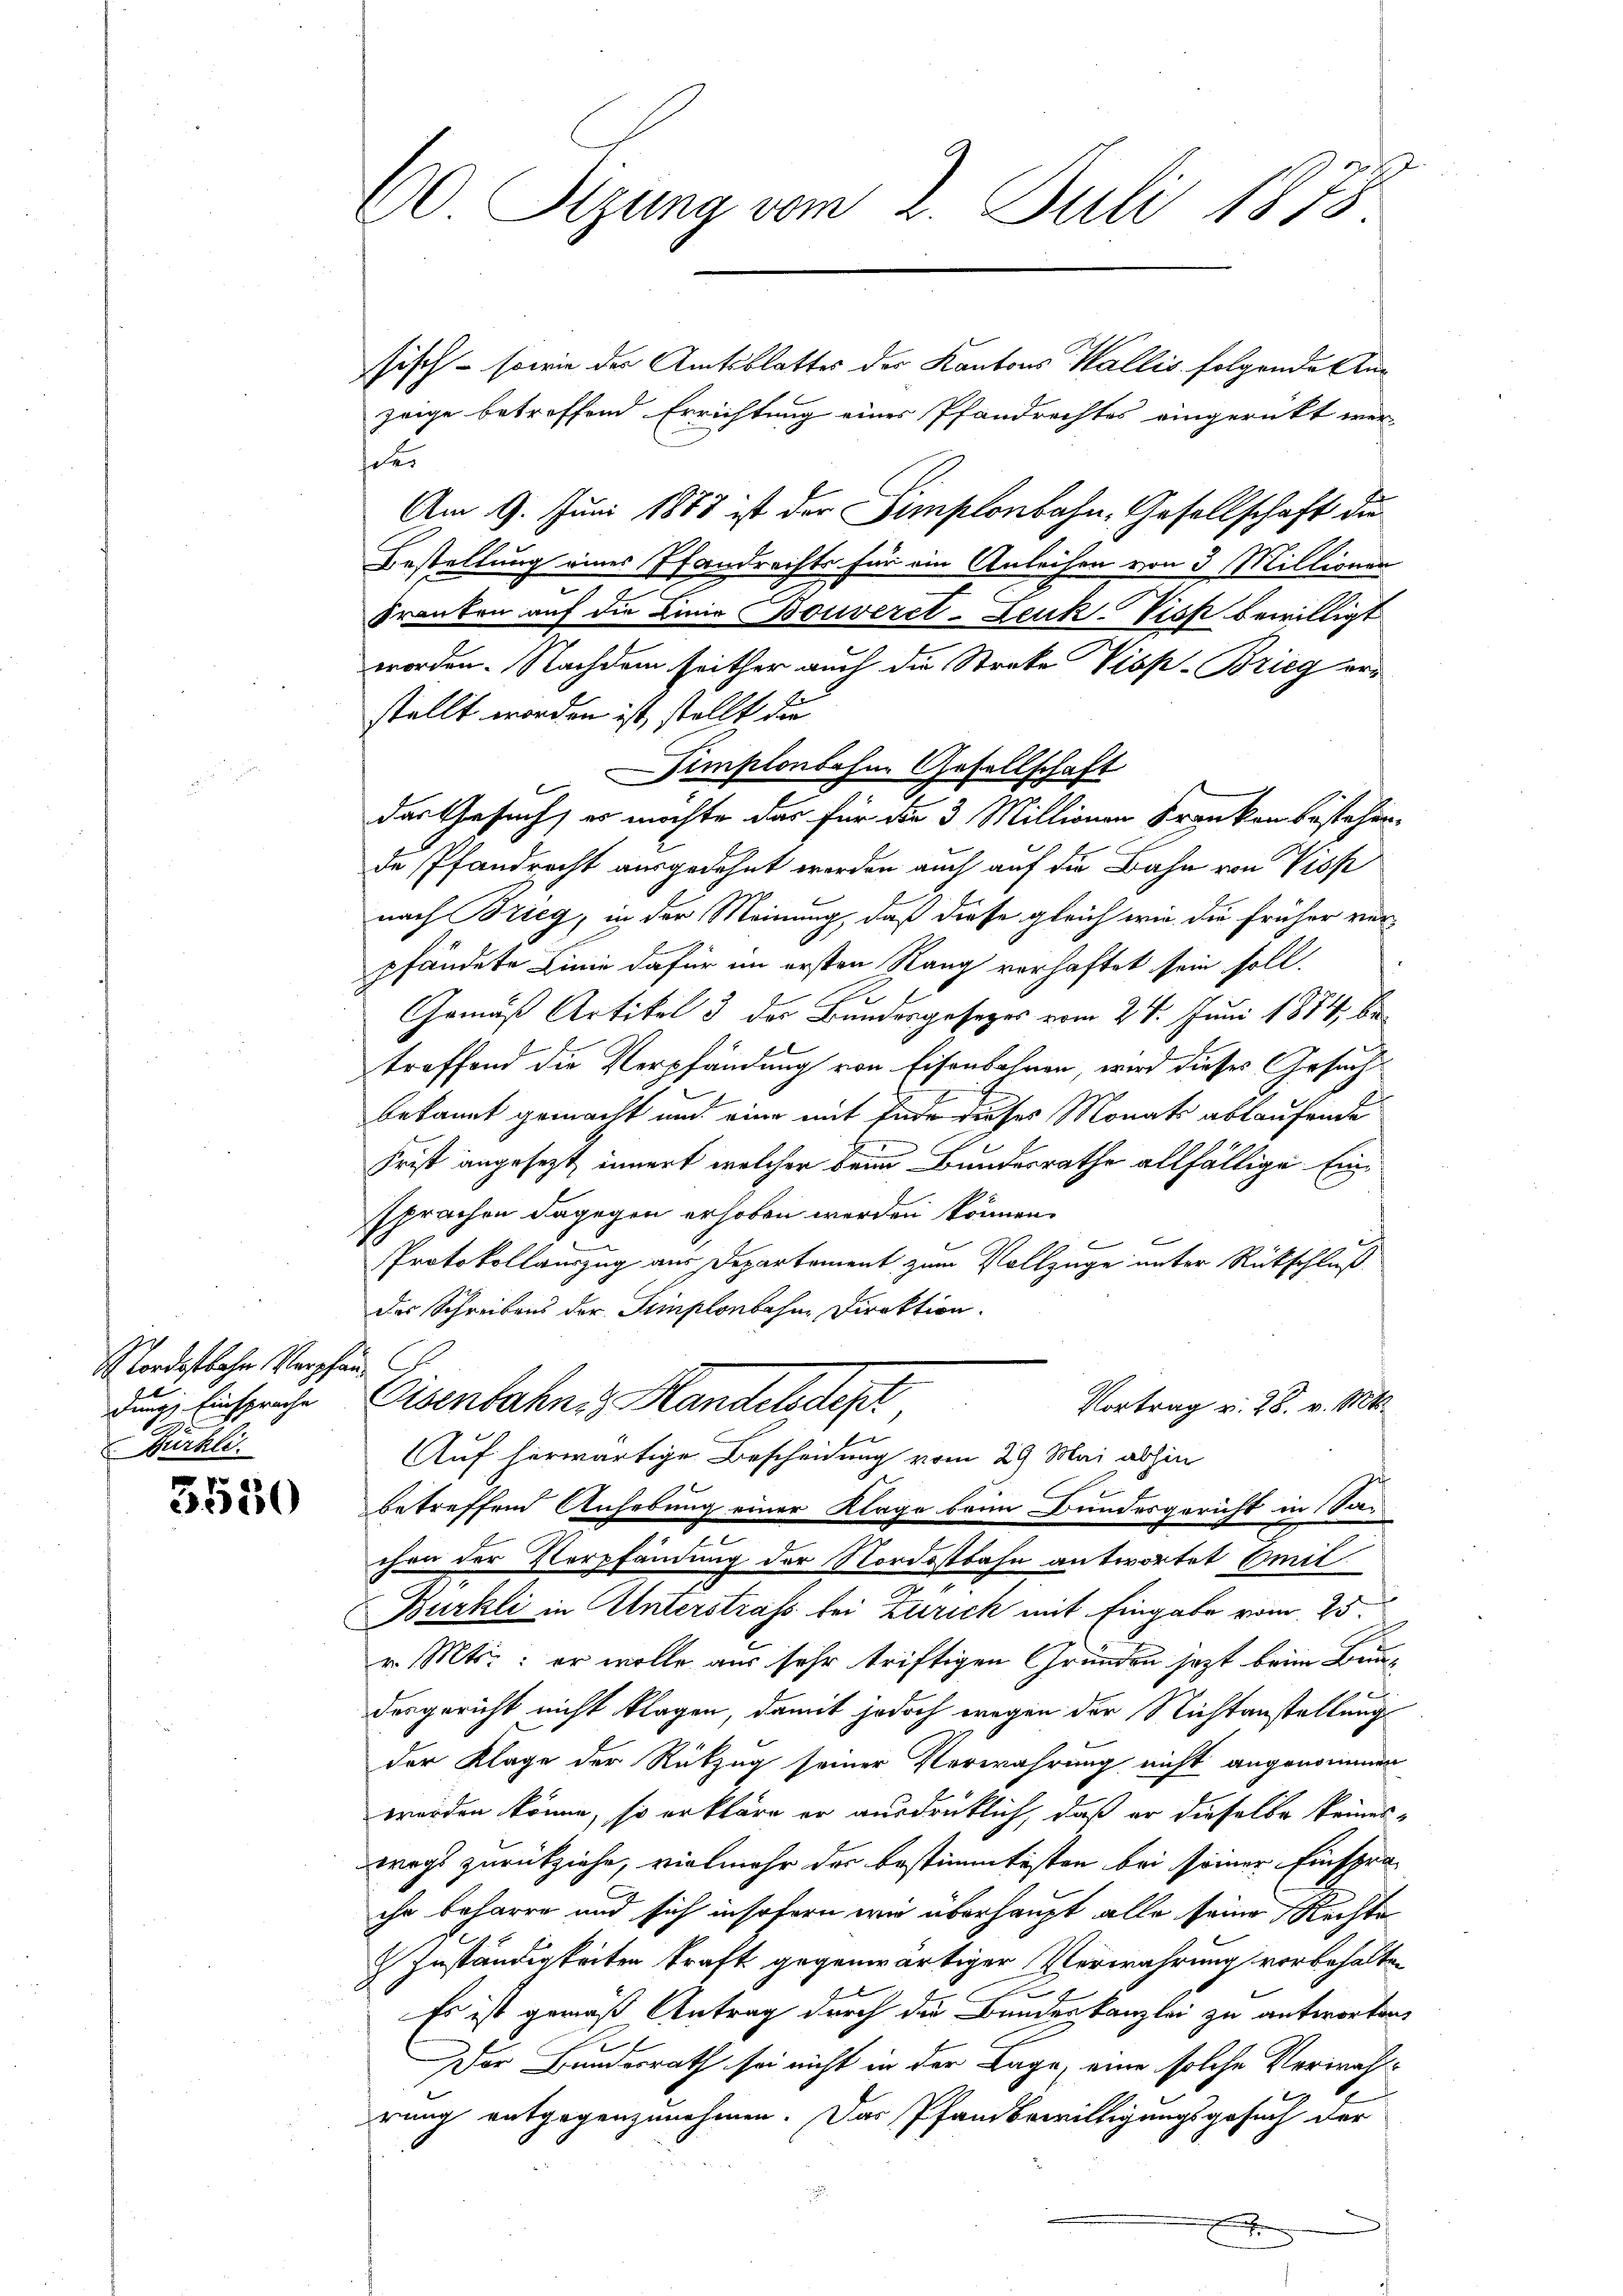
Nordostbahn Verpfan
dung Einsprache
Güchli

r
850

60 Sizung vom 2. Juli 1878

sisch - sowie der Amtsblattes der Kantons Wallis folgende Anzeige betreffend Errichtung eines Pfandrechtes eingerückt wer-
eer
Am 9. Juni 1888 ist der Simplonbahn, Gesellschaft die
Bestellung eines Pfandrechts für ein Anleihen von 3 Millionen
s
Franken auf die Linie Bouveret-Leuk-Viss bewilligt
worden. Nachdem seither auch die Streke Visp-Brieg erstellt worden ist, stellt die
Simplonbahne Gesellschaft
das Gesuch, es möchte das für die 3 Millionen Kranken bestehen.
de Pfandrecht ausgedehnt werden auch auf die Bahn von Visp
nach Brieg, in der Meinung, daß diese gleich wie die früher verpfändete Linie dafür im ersten Rang verhaftet sein soll.
Gemäß Artikel 3 der Bundesgesetzes vom 24. Juni 1884 betreffend die Verpfändung von Eisenbahnen, wird dieses Gesuch
bekannt gemacht und eine mit Ende dieses Monats ablaufende
Frist angesezt, innert welcher beim Bundesrathe allfällige Einsprachen dagegen erhoben werden können.

Protokollauszug aus Departement zum Vollzüge unter Rückschluß
Das Schreibens der Simplonbahne Direktion.
Eisenbahn, Handelsdest,
Vortrag v. 28. v. Mts.
Auf herwärtige Bescheidung vom 29 Mai abhin
betreffend Anhebung einer Klage beim Bundesgericht in Sachen der Verpfändung der Nordostbahn antwortet beit
Bürkli in Unterstrass bei Zitrick mit Eingabe vom 25.
v. Mts.: er wolle aus sehr triftigen Gründen sezt beim Brundesgericht nicht klagen, damit jedoch wegen der Nichtanstellung
der Klage der Rückzug seiner Verwahrung nicht angenommen
worden könne, so erkläre er ausdrücklich, daß er dieselbe keineswegs zurückziehe, vielmehr der bestimmtesten bei seiner Einsprachr beharre und sich insofern wie überhaupt alle seine Rechte
Zuständigkeiten kraft gegenwärtiger Verwahrung vorbehalten
Es ist gemäß Antrag durch die Bundeskanzlei zu antworten,
e
Der Bundesrath sei nicht in der Lage, eine solche Verwahlrung entgegenzunehmen. Das Pfandbewilligungsgesuch der